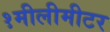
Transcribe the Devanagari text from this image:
१मीलीमीटर